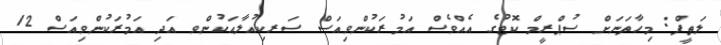
ލަތީފް: މިހާތަނަށް ސުޕްރީމް ކޮޓުގެ އެއްވެސް އަމުރަކުންވިއަސް ސަރކިއުލާއަކުންވ އަދި އަމުރަކުންވިއަސް 12